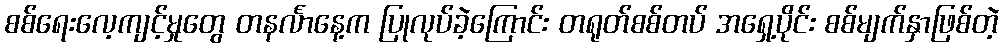
စစ်ရေးလေ့ကျင့်မှုတွေ တနင်္လာနေ့က ပြုလုပ်ခဲ့ကြောင်း တရုတ်စစ်တပ် အရှေ့ပိုင်း စစ်မျက်နှာဖြစ်တဲ့